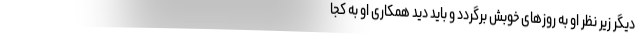
دیگر زیر نظر او به روزهای خوبش برگردد و باید دید همکاری او به کجا